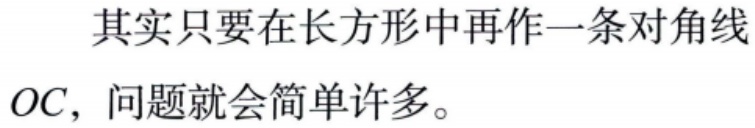
其实只要在长方形中再作一条对角线

\(OC\)，问题就会简单许多。